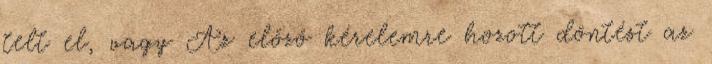
telt el, vagy Az előző kérelemre hozott döntést az